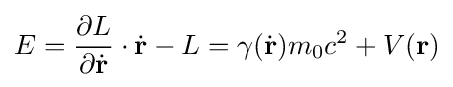
E={\frac {\partial L}{\partial {\dot {\mathbf {r} }}}}\cdot {\dot {\mathbf {r} }}-L=\gamma ({\dot {\mathbf {r} }})m_{0}c^{2}+V(\mathbf {r} )